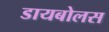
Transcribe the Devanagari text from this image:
डायबोलस